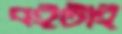
বইটাই